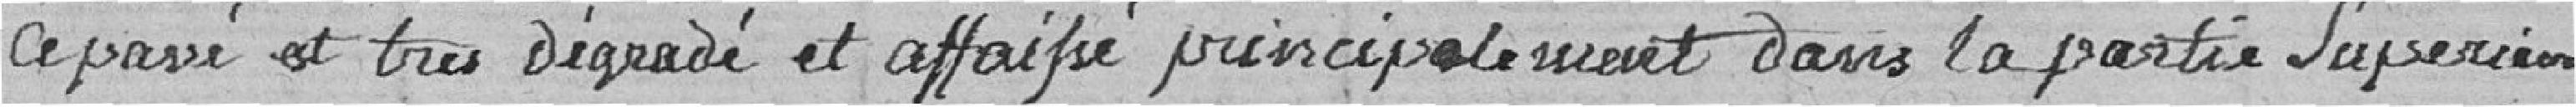
Ce passé est très dégradé et affaissé principalement dans la partie supérieure